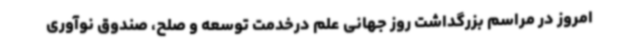
امروز در مراسم بزرگداشت روز جهانی علم درخدمت توسعه و صلح، صندوق نوآوری